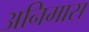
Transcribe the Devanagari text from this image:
अनिमास